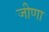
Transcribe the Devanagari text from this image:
जीणा